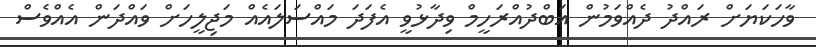
ވާހަކަޔަށް ރައްދު ދެއްވަމުން އަބްދުއްރަހީމް ވިދާޅުވީ އެފަދަ މައްސަލައެއް މަޖިލީހަށް ވައްދަން އެއްވެސް